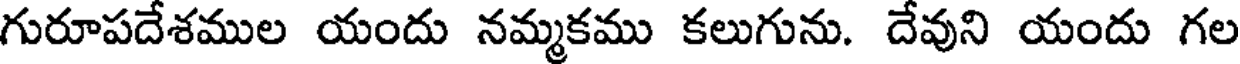
గురూపదేశముల యందు నమ్మకము కలుగును. దేవుని యందు గల